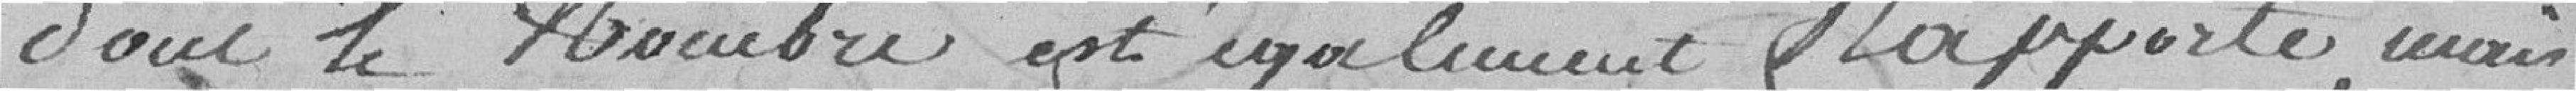
dont le nombre est également rapporté, mais